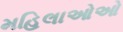
મહિલાઓઓ